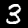
Label: 3